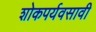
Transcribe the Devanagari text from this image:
शोकपर्यवसावी